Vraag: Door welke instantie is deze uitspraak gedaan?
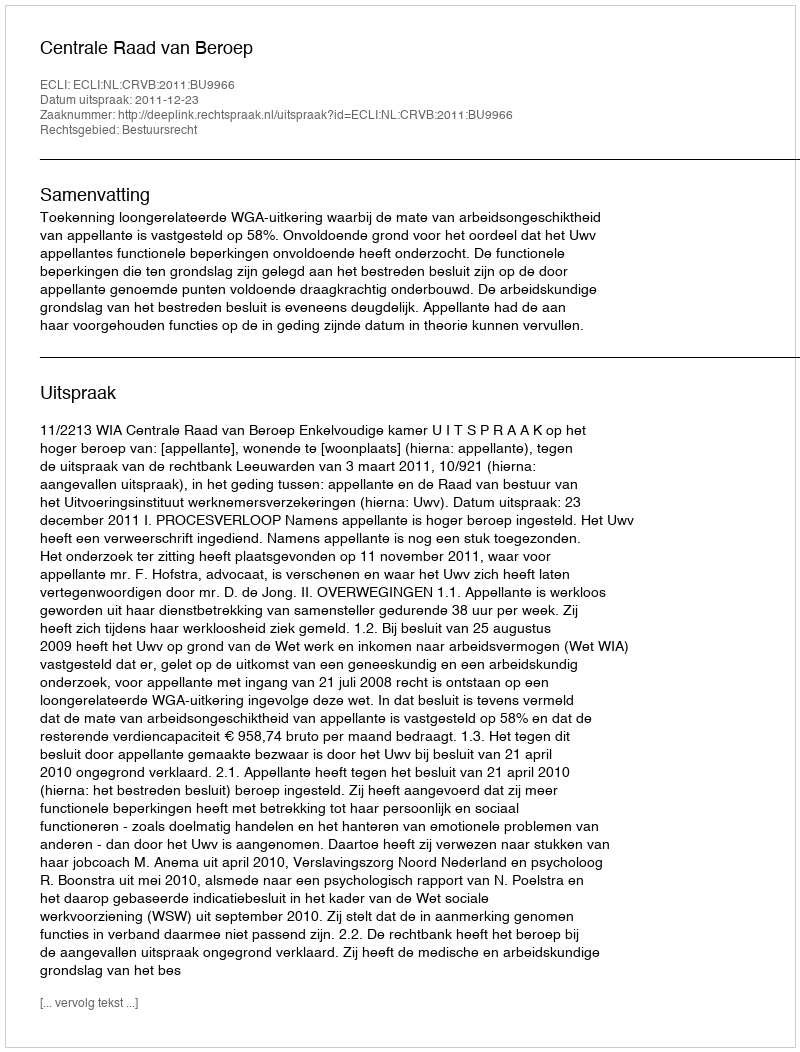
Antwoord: Centrale Raad van Beroep